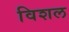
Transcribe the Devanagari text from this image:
विशल